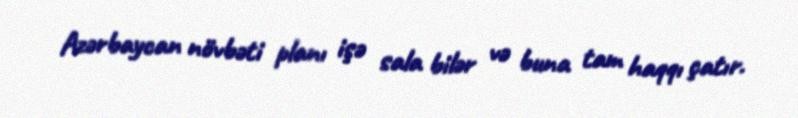
Azərbaycan növbəti planı işə sala bilər və buna tam haqqı çatır.